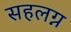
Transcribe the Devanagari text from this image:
सहलग्न